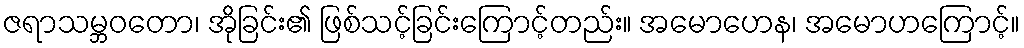
ဇရာသမ္ဘဝတော၊ အိုခြင်း၏ ဖြစ်သင့်ခြင်းကြောင့်တည်း။ အမောဟေန၊ အမောဟကြောင့်။